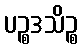
ပဉ္စဒသိဉ္စ